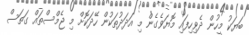
ބަޔަކު މީހުން ދެވިހިފައި މޮޔަވެގެން މި އަދަދުތަކުން ހޭދަކޮށް މި ޖެމްސްތައް ގަތަސް